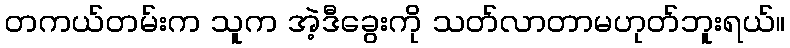
တကယ်တမ်းက သူက အဲ့ဒီခွေးကို သတ်လာတာမဟုတ်ဘူးရယ်။